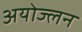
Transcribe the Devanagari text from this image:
अयोज्लन